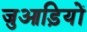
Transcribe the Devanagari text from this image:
जुआड़ियों